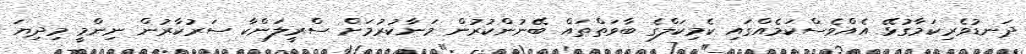
ދަނޑުވެރިކަމާގުޅޭ އެއްވެސްކަމެއްގައި ކެމިކަލްގެ ބާވަތްތައް ބޭނުންކުރުން މަނާކުރުމަށް ސްރީލަންކާ ސަރުކާރުން ނިންމީ މިދިޔަ